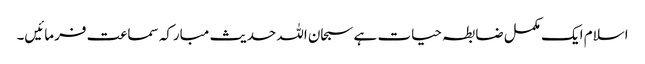
اسلام ایک مکمل ضابطہ حیات ہے سبحان اللہ حدیث مبارکہ سماعت فرمائیں۔